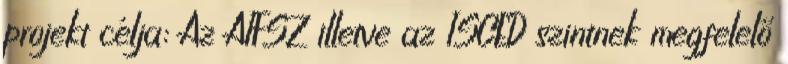
projekt célja: Az AIFSZ illetve az ISCED szintnek megfelelő